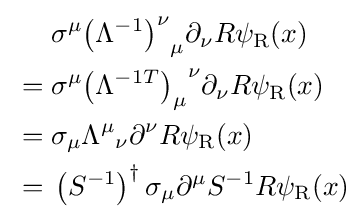
{\begin{aligned}&\sigma ^{\mu }{\left(\Lambda ^{-1}\right)^{\nu }}_{\mu }\partial _{\nu }R\psi _{\rm {R}}(x)\\{}={}&\sigma ^{\mu }{\left(\Lambda ^{-1T}\right)_{\mu }}^{\nu }\partial _{\nu }R\psi _{\rm {R}}(x)\\{}={}&\sigma _{\mu }{\Lambda ^{\mu }}_{\nu }\partial ^{\nu }R\psi _{\rm {R}}(x)\\{}={}&\left(S^{-1}\right)^{\dagger }\sigma _{\mu }\partial ^{\mu }S^{-1}R\psi _{\rm {R}}(x)\end{aligned}}